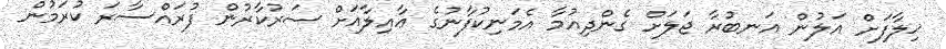
ޚިލާފަށް އަލުން އަނބުރާ ޖަލަށް ގެންދިއުމާ އެމަނިކުފާނުގެ ޢާއިލާއަށް ސަރުކާރުން ފުރައްސާރަ ކުރަމުން